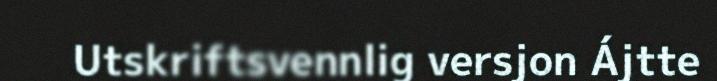
Utskriftsvennlig versjon Ájtte